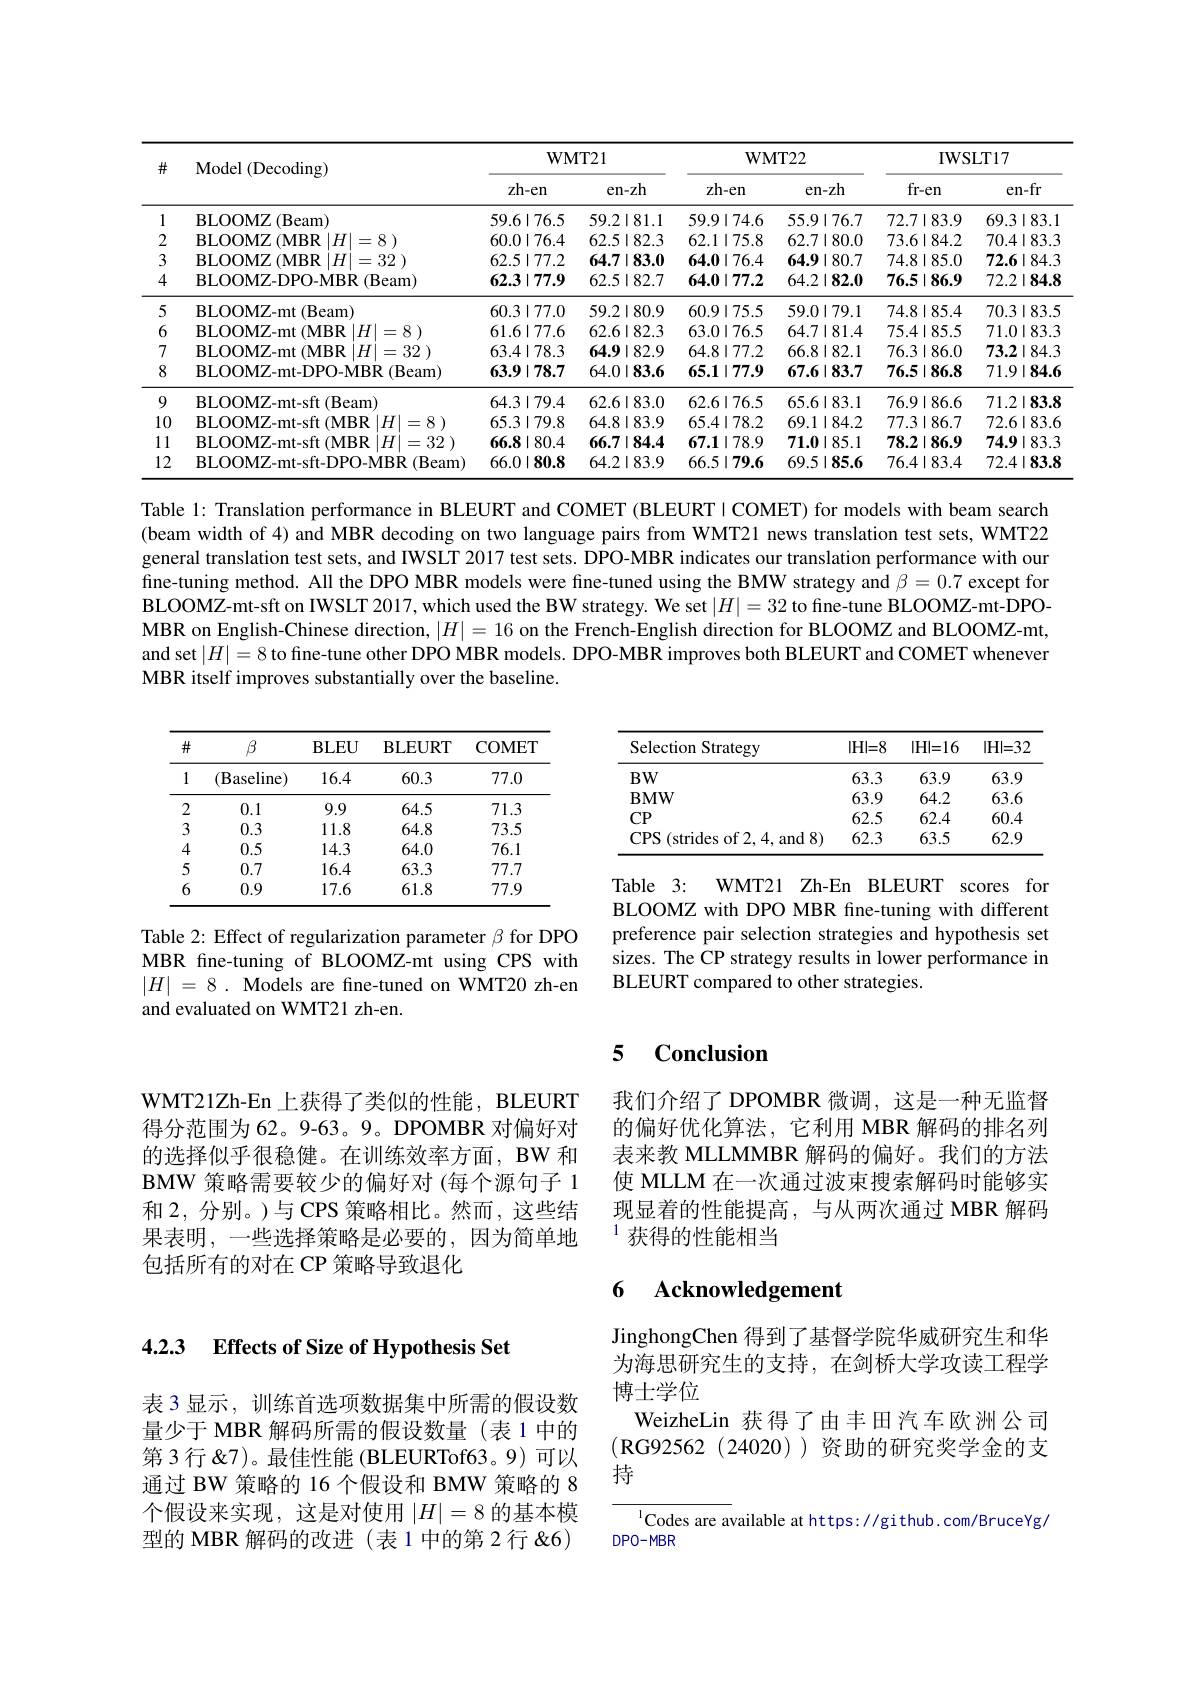
<table>
	<tbody>
		<tr>
			<th rowspan="2">$\#$</th>
			<th rowspan="2">Model (Decoding)</th>
			<th colspan="2">$\mathbf{WMT21}$</th>
			<th colspan="2">$WMT22$</th>
			<th colspan="2">IWSLT17</th>
		</tr>
		<tr>
			<th>zh-en</th>
			<th>$en-zh$</th>
			<th>zh-en</th>
			<th>en- zh</th>
			<th>fr-en</th>
			<th>en-fr</th>
		</tr>
		<tr>
			<td>1</td>
			<td>BLOOMZ ( Beam) </td>
			<td>$59.6\mid76.5$</td>
			<td>$59.2\mid81.1$</td>
			<td>$59.9\mid74.6$</td>
			<td>$55.9\mid76.7$</td>
			<td>$72.7\mid83.9$</td>
			<td>$69.3\mid83.1$</td>
		</tr>
		<tr>
			<td>2</td>
			<td>BLOOMZ ( MBR $| H| = 8$ )</td>
			<td>$60.0\mid76.4$</td>
			<td>$62.5\mid82.3$</td>
			<td>$62.1\mid75.8$</td>
			<td>$62.7\mid80.0$</td>
			<td>$73.6\mid84.2$</td>
			<td>$70.4\mid83.3$</td>
		</tr>
		<tr>
			<td>3</td>
			<td>BLOOMZ ( MBR $H|$ |=32 )</td>
			<td>$62.5\mid77.2$</td>
			<td>$64.7\mid83.0$</td>
			<td>$64.0\mid76.4$</td>
			<td>$64.9\mid80.7$</td>
			<td>$74.8\mid85.0$</td>
			<td>$72.6\mid84.3$</td>
		</tr>
		<tr>
			<td>4</td>
			<td>BLOOMZ- DPO- MBR ( Beam) </td>
			<td>$62.3\mid77.9$</td>
			<td>$62.5\mid82.7$</td>
			<td>$64.0\mid77.2$</td>
			<td>$64.2\mid82.0$</td>
			<td>$76.5\mid86.9$</td>
			<td>$72.2\mid84.8$</td>
		</tr>
		<tr>
			<td>5</td>
			<td>BLOOMZ- mt ( Beam) </td>
			<td>$60.3\mid77.0$</td>
			<td>$59.2\mid80.9$</td>
			<td>$60.9\mid75.5$</td>
			<td>$59.0\mid79.1$</td>
			<td>$74.8\mid85.4$</td>
			<td>$70.3\mid83.5$</td>
		</tr>
		<tr>
			<td>6</td>
			<td>BLOOMZ- mt ( MBR $: | H| = 8$ )</td>
			<td>$61.6\mid77.6$</td>
			<td>$62.6\mid82.3$</td>
			<td>$63.0\mid76.5$</td>
			<td>$64.7\mid81.4$</td>
			<td>$75.4\mid85.5$</td>
			<td>$71.0\mid83.3$</td>
		</tr>
		<tr>
			<td>7</td>
			<td>BLOOMZ- mt ( MBR $H$ =32 )</td>
			<td>$63.4\mid78.3$</td>
			<td>$64.9\mid82.9$</td>
			<td>$64.8\mid77.2$</td>
			<td>$66.8\mid82.1$</td>
			<td>$76.3\mid86.0$</td>
			<td>$73.2\mid84.3$</td>
		</tr>
		<tr>
			<td>8</td>
			<td>BLOOMZ- mt- DPO- MBR ( Beam) </td>
			<td>$63.9\mid78.7$</td>
			<td>$64.0\mid83.6$</td>
			<td>65.1|77.9</td>
			<td>$67.6\mid83.7$</td>
			<td>$76.5\mid86.8$</td>
			<td>$71.9\mid84.6$</td>
		</tr>
		<tr>
			<td>9</td>
			<td>BLOOMZ- mt- sft ( Beam) </td>
			<td>$64.3\mid79.4$</td>
			<td>$62.6\mid83.0$</td>
			<td>$62.6\mid76.5$</td>
			<td>$65.6\mid83.1$</td>
			<td>$76.9\mid86.6$</td>
			<td>$71.2\mid83.8$</td>
		</tr>
		<tr>
			<td>10</td>
			<td>BLOOMZ- mt- sft ( MBR $|H|=8$</td>
			<td>$65.3\mid79.8$</td>
			<td>$64.8\mid83.9$</td>
			<td>$65.4\mid78.2$</td>
			<td>$69.1\mid84.2$</td>
			<td>$77.3\mid86.7$</td>
			<td>$72.6\mid83.6$</td>
		</tr>
		<tr>
			<td>11 </td>
			<td>BLOOMZ- mt- sft ( MBR $|H$ =32 )</td>
			<td>$66.8\mid80.4$</td>
			<td>$66.7\mid84.4$</td>
			<td>67.1|78.9</td>
			<td>$71.0\mid85.1$</td>
			<td>$78.2\mid86.9$</td>
			<td>$74.9\mid83.3$</td>
		</tr>
		<tr>
			<td>12</td>
			<td>BLOOMZ-mt-sft-DPO-MBR(Beam)</td>
			<td>$66.0\mid80.8$</td>
			<td>$64.2\mid83.9$</td>
			<td>$66.5\mid79.6$</td>
			<td>$69.5\mid85.6$</td>
			<td>$76.4\mid83.4$</td>
			<td>$72.4\mid83.8$</td>
		</tr>
	</tbody>
</table>

Table l: Translation performance in BLEURT and COMET (BLEURTI COMET) for models with beam search (beam width of 4) and MBR decoding on two language pairs from WMT21 news translation test sets, WMT22 general translation test sets, and IWSLT 2017 test sets. DPO-MBR indicates our translation performance with our fine-tuning method. All the DPO MBR models were fine-tuned using the BMW strategy and $\hat{\beta}=0.7$ except for BLOOMZ-mt-sft on IWSLT 2017, which used the BW strategy. We set $|H|=32$ to fine-tune BLOOMZ-mt-DPOMBR on English-Chinese direction, $|H|=16$ on the French-English direction for BLOOMZ and BLOOMZ-mt, and set $|H|=8$ to fine-tune other DPO MBR models. DPO-MBR improves both BLEURT and COMET whenever MBR itself improves substantially over the baseline.

<table>
	<tbody>
		<tr>
			<th>Selection Strategy</th>
			<th>$|H|=8$</th>
			<th>$|H|=16$</th>
			<th>$|H|=32$</th>
		</tr>
		<tr>
			<td>$BW$</td>
			<td>63.3</td>
			<td>63.9</td>
			<td>63.9</td>
		</tr>
		<tr>
			<td>$\mathbf{BMW}$</td>
			<td>63.9</td>
			<td>64.2</td>
			<td>63.6</td>
		</tr>
		<tr>
			<td>CP</td>
			<td>62.5</td>
			<td>62.4</td>
			<td>60.4</td>
		</tr>
		<tr>
			<td>CPS ( strides of 2, 4, and 8) </td>
			<td>62.3</td>
			<td>63.5</td>
			<td>62.9</td>
		</tr>
	</tbody>
</table>

<table>
	<tbody>
		<tr>
			<th>井</th>
			<th>$\beta$</th>
			<th>$\mathbf{BLEU}$</th>
			<th>$\mathbf{BLEURT}$</th>
			<th>COMET</th>
		</tr>
		<tr>
			<td>1</td>
			<td>(Baseline)</td>
			<td>16.4</td>
			<td>60.3</td>
			<td>77.0</td>
		</tr>
		<tr>
			<td>2</td>
			<td>0.1</td>
			<td>9.9</td>
			<td>64.5</td>
			<td>71.3</td>
		</tr>
		<tr>
			<td>3</td>
			<td>0.3</td>
			<td>11.8</td>
			<td>64.8</td>
			<td>73.5</td>
		</tr>
		<tr>
			<td>4</td>
			<td>0.5</td>
			<td>14.3</td>
			<td>64.0</td>
			<td>76.1</td>
		</tr>
		<tr>
			<td>5</td>
			<td>0.7</td>
			<td>16.4</td>
			<td>63.3</td>
			<td>77.7</td>
		</tr>
		<tr>
			<td>6</td>
			<td>0.9</td>
			<td>17.6</td>
			<td>61.8</td>
			<td>77.9</td>
		</tr>
	</tbody>
</table>

Table 3: WMT21 Zh-En BLEURT scores for BLOOMZ with DPO MBR fne-tuning with different preference pair selection strategies and hypothesis set sizes. The $\hat{C}$P strategy results in lower performance in BLEURT compared to other strategies.

Table 2: Effect of regularization parameter $\beta$ for DPO MBR fine-tuning of BLOOMZ-mt using CPS with $| H|$ = 8 . Models are fine-tuned on WMT20 zh-en and evaluated on WMT21 zh-en.

## 5 $\mathbf{Conclusion}$

我们介绍了 DPOMBR 微调，这是一种无监督的偏好优化算法，它利用 MBR 解码的排名列表来教 MLLMMBR 解码的偏好。我们的方法使 MLLM 在一次通过波束搜索解码时能够实现显着的性能提高，与从两次通过 MBR 解码$^{1}$获得的性能相当

WMT21Zh-En 上获得了类似的性能，BLEURT 得分范围为 62。9-63。9。DPOMBR 对偏好对的选择似乎很稳健。在训练效率方面，BW 和BMW 策略需要较少的偏好对 (每个源句子 1和 2, 分别。)与 CPS 策略相比。然而，这些结果表明，一些选择策略是必要的，因为简单地包括所有的对在 CP 策略导致退化

## 6 $\textbf{Acknowledgement}$

### 4.2.3 $\textbf{Effects of Size of Hypothesis Set}$

JinghongChen 得到了基督学院华威研究生和华为海思研究生的支持，在剑桥大学攻读工程学博士学位
WeizheLin 获得了由丰田汽车欧洲公司(RG92562(24020))资助的研究奖学金的支持

表 3 显示，训练首选项数据集中所需的假设数量少于 MBR 解码所需的假设数量(表1中的第 3 行 &7)。最佳性能 (BLEURTof63。9) 可以通过 BW 策略的 16 个假设和 BMW 策略的 8个假设来实现，这是对使用$|H|=8$的基本模型的 MBR 解码的改进(表1中的第2行"")

$^{1}$Codes are available at https://github.com/BruceYg/
$DPO-MBR$